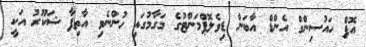
އޮފް ހައުސިންގް އެންޑް އާބަން ޑިވެލޮޕްމަންޓުގެ މަގާމުގައި ހުންނެވި އާތިފާ ޝަކޫރު އަކީ